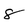
Character: 8